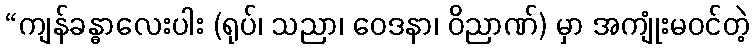
“ကျန်ခန္ဓာလေးပါး (ရုပ်၊ သညာ၊ ဝေဒနာ၊ ဝိညာဏ်) မှာ အကျုံးမဝင်တဲ့